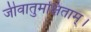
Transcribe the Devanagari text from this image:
जीवातुमक्षिताम्।